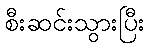
စီးဆင်းသွားပြီး